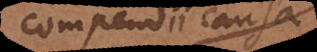
compendii causa